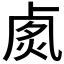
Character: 𠧽